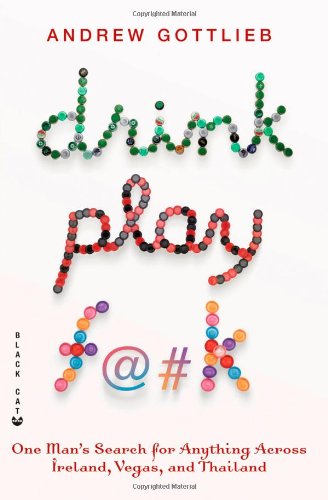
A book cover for Drink, Play, F@#k: One Man's Search for Anything Across Ireland, Las Vegas, and Thailand; Travel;